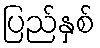
ပြည်နှစ်